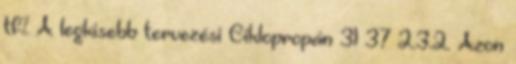
tf% A legkisebb tervezési Ciklopropán 31 37 2.3.2. Azon